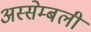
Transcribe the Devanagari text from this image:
अस्सेम्बली